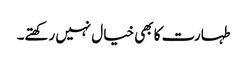
طہارت کا بھی خیال نہیں رکھتے۔